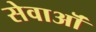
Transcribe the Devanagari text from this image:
सेवाऒं